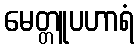
မေတ္တူပဟာရံ